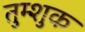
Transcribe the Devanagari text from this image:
तुम्शुक